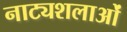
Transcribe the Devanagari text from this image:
नाट्यशलाओं